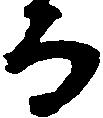
而